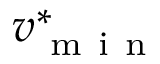
v _ { \mathrm { ~ m ~ i ~ n ~ } } ^ { * }